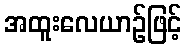
အထူးလေယာဉ်ဖြင့်